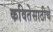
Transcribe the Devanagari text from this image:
कवितेसाठीचे